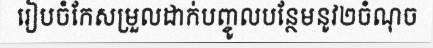
រៀបចំកែសម្រួលដាក់បញ្ចូលបន្ថែមនូវ២ចំណុច